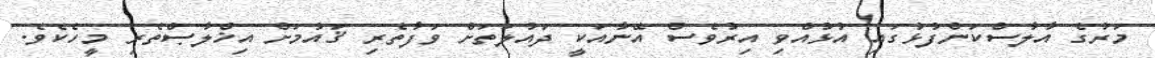
މަރުގެ އާލާސްކަންފުޅުގައި އުޅުއްވި އިރުވެސް އޭނާއަކީ ދައުލަތަށް ވަފާތެރި ޤައުމަށް އިޚްލާޞްތެރި މީހެކެވެ.